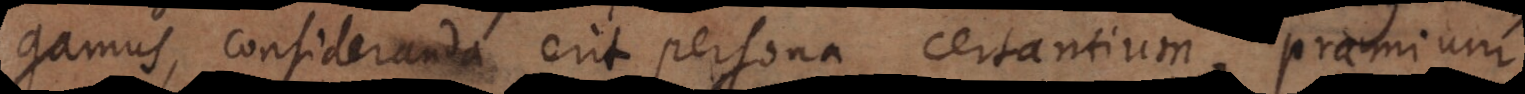
gamus, consideranda erit persona certantium, praemium